Annual administration and progress report of the Indian Medical Department, Bombay
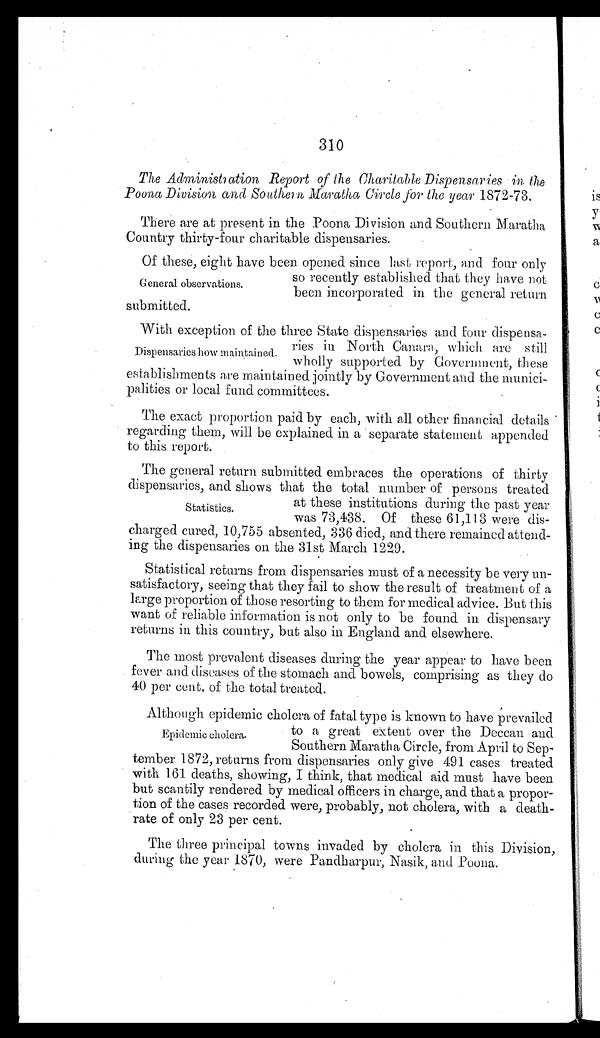
310
The Administration Report of the Charitable Dispensaries in the
Poona Division and Southern Maratha Circle for the year 1872-73.
There are at present in the Poona Division and Southern Maratha
Country thirty-four charitable dispensaries.
Of these, eight have been opened since last report, and four only
so recently established that they have not
been incorporated in the general return
submitted.
With exception of the three State dispensaries and four dispensa
-ries in North Canara, which are still
wholly supported by Government, these
establishments are maintained jointly by Government and the munici
-palities or local fund committees.
The exact proportion paid by each, with all other financial details
regarding them, will be explained in a separate statement appended
to this report.
The general return submitted embraces the operations of thirty
dispensaries, and shows that the total number of persons treated
at these institutions during the past year
was 73,438. Of these 61,113 were dis
-charged cured, 10,755 absented, 336 died, and there remained attend
-ing the dispensaries on the 31st March 1229.
Statistical returns from dispensaries must of a necessity be very un
- s a t i s f a c t o r y , s e e i n g t h a t t h e y f a i l t o s h o w t h e r e s u l t o f t r e a t m e n t o f a
large proportion of those resorting to them for medical advice. But this
want of reliable information is not only to be found in dispensary
returns in this country, but also in England and elsewhere.
The most prevalent diseases during the year appear to have been
fever and diseases of the stomach and bowels, comprising as they do
40 per cent. of the total treated.
Although epidemic cholera of fatal type is known to have prevailed
to a great extent over the Deccan and
Southern Maratha Circle, from April to Sep
- t e m b e r 1 8 7 2 , r e t u r n s f r o m d i s p e n s a r i e s o n l y g i v e 4 9 1 c a s e s t r e a t e d
with 161 deaths, showing, I think, that medical aid must have been
but scantily rendered by medical officers in charge, and that a propor
-tion of the cases recorded were, probably, not cholera, with a death
- r a t e o f o n l y 2 3 p e r c e n t .
The three principal towns invaded by cholera in this Division,
during the year 1870, were Pandharpur, Nasik, and Poona.
General observations.
Dispensaries how maintained.
Statistics.
Epidemic cholera.